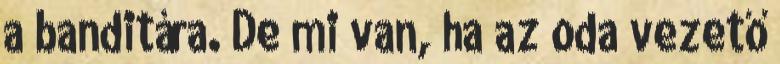
a banditára. De mi van, ha az oda vezető